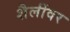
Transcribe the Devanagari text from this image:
शैलींवर